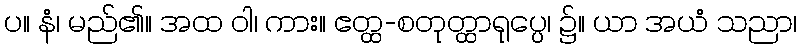
ပ။ နံ၊ မည်၏။ အထ ဝါ၊ ကား။ ဧတ္ထ-စတုတ္ထာရုပ္ပေ၊ ၌။ ယာ အယံ သညာ၊